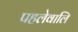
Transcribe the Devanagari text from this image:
पहलेवालि